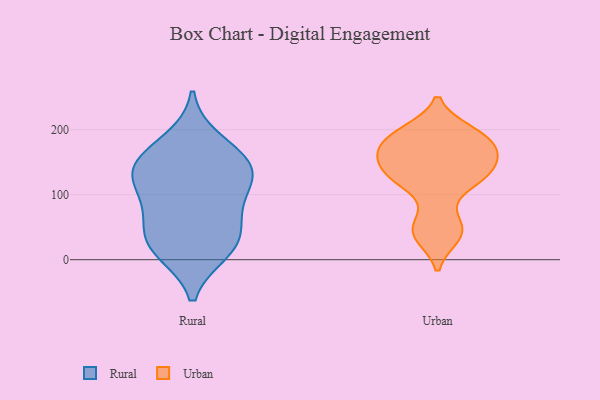
{"axis": {"x": "Active Users", "y": "Value"}, "legend": ["Rural", "Urban"], "data": [{"x": "", "y": 136, "type": "Rural"}, {"x": "", "y": 143, "type": "Rural"}, {"x": "", "y": 27, "type": "Rural"}, {"x": "", "y": 156, "type": "Rural"}, {"x": "", "y": 92, "type": "Rural"}, {"x": "", "y": 47, "type": "Rural"}, {"x": "", "y": 72, "type": "Rural"}, {"x": "", "y": 183, "type": "Rural"}, {"x": "", "y": 137, "type": "Rural"}, {"x": "", "y": 119, "type": "Rural"}, {"x": "", "y": 18, "type": "Rural"}, {"x": "", "y": 13, "type": "Rural"}, {"x": "", "y": 134, "type": "Urban"}, {"x": "", "y": 116, "type": "Urban"}, {"x": "", "y": 173, "type": "Urban"}, {"x": "", "y": 197, "type": "Urban"}, {"x": "", "y": 131, "type": "Urban"}, {"x": "", "y": 124, "type": "Urban"}, {"x": "", "y": 36, "type": "Urban"}, {"x": "", "y": 57, "type": "Urban"}, {"x": "", "y": 167, "type": "Urban"}, {"x": "", "y": 190, "type": "Urban"}, {"x": "", "y": 194, "type": "Urban"}, {"x": "", "y": 159, "type": "Urban"}, {"x": "", "y": 155, "type": "Urban"}, {"x": "", "y": 42, "type": "Urban"}]}